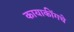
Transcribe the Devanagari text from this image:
कायाकींगचे